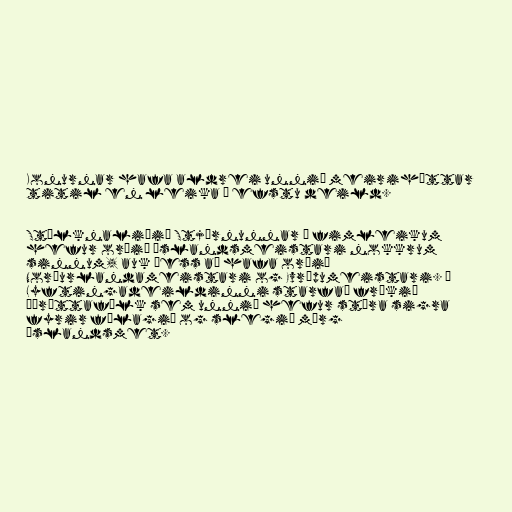
Konurnar hafa aldrei unnið meiriháttar
titil en leika í efstu deild.

Stúlknaliðið Stjörnunnar í fimleikum
hefur orðið Íslandsmeistari nokkrum
sinnum, auk þess að hafa orðið
Norðurlandameistari og Evrópumeistari. Í
Lyftingadeildinni starfað frækið
íþróttafólk sem unnið hefur stóra sigra
fyrir félagið og slegið mörg
Íslandsmet.